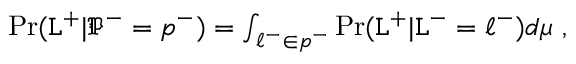
\begin{array} { r } { \operatorname* { P r } ( \mathtt { L } ^ { + } | \mathfrak { P } ^ { - } = \mathfrak { p } ^ { - } ) = \int _ { \ell ^ { - } \in \mathfrak { p } ^ { - } } \operatorname* { P r } ( \mathtt { L } ^ { + } | \mathtt { L } ^ { - } = \ell ^ { - } ) d \mu ~ , } \end{array}